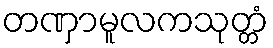
တဏှာမူလကသုတ္တံ